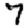
Digit: 7